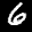
Label: 6